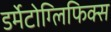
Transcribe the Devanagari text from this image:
डर्मेटोग्लिफिक्स